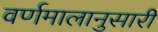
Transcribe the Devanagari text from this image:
वर्णमालानुसारी